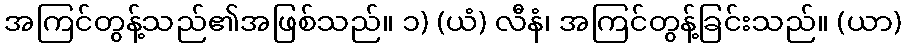
အကြင်တွန့်သည်၏အဖြစ်သည်။ ၁) (ယံ) လီနံ၊ အကြင်တွန့်ခြင်းသည်။ (ယာ)